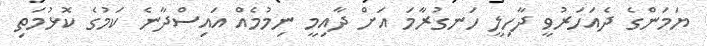
ޔަމަންގެ ދެއަހަރުވީ ދާހިލީ ހަނގުރާމަ އަށް ދާއިމީ ނިމުމެއް އައިސްދާނެ ކަމުގެ ކޮޅުމަތި